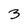
Character: 3